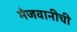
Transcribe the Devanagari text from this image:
मेजवानीची